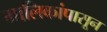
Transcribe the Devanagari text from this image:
मालिकांपासून